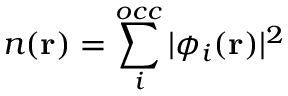
n ( \mathbf { r } ) = \sum _ { i } ^ { o c c } | \phi _ { i } ( { \bf r } ) | ^ { 2 }